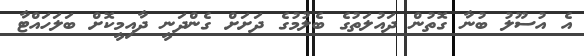
އެ އުސޫލު ބުނާ ގޮތުން ދައުލަތުގެ ބެލުމުގެ ދަށަށް ގެންދަނީ ދާއިމީކޮށް ބަލަހައްޓާ